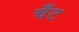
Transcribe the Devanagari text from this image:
चँट